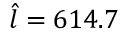
\hat { l } = 6 1 4 . 7